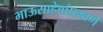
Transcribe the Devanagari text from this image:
भाऊसाहेबांप्रमाणे